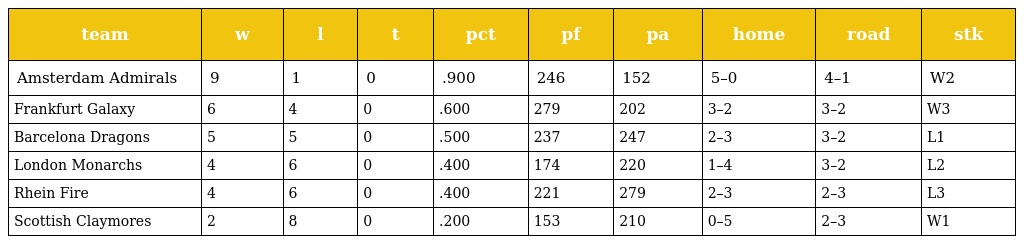
| team | w | l | t | pct | pf | pa | home | road | stk |
 | --- | --- | --- | --- | --- | --- | --- | --- | --- | --- |
 | Amsterdam Admirals | 9 | 1 | 0 | .900 | 246 | 152 | 5–0 | 4–1 | W2 |
 | Frankfurt Galaxy | 6 | 4 | 0 | .600 | 279 | 202 | 3–2 | 3–2 | W3 |
 | Barcelona Dragons | 5 | 5 | 0 | .500 | 237 | 247 | 2–3 | 3–2 | L1 |
 | London Monarchs | 4 | 6 | 0 | .400 | 174 | 220 | 1–4 | 3–2 | L2 |
 | Rhein Fire | 4 | 6 | 0 | .400 | 221 | 279 | 2–3 | 2–3 | L3 |
 | Scottish Claymores | 2 | 8 | 0 | .200 | 153 | 210 | 0–5 | 2–3 | W1 |